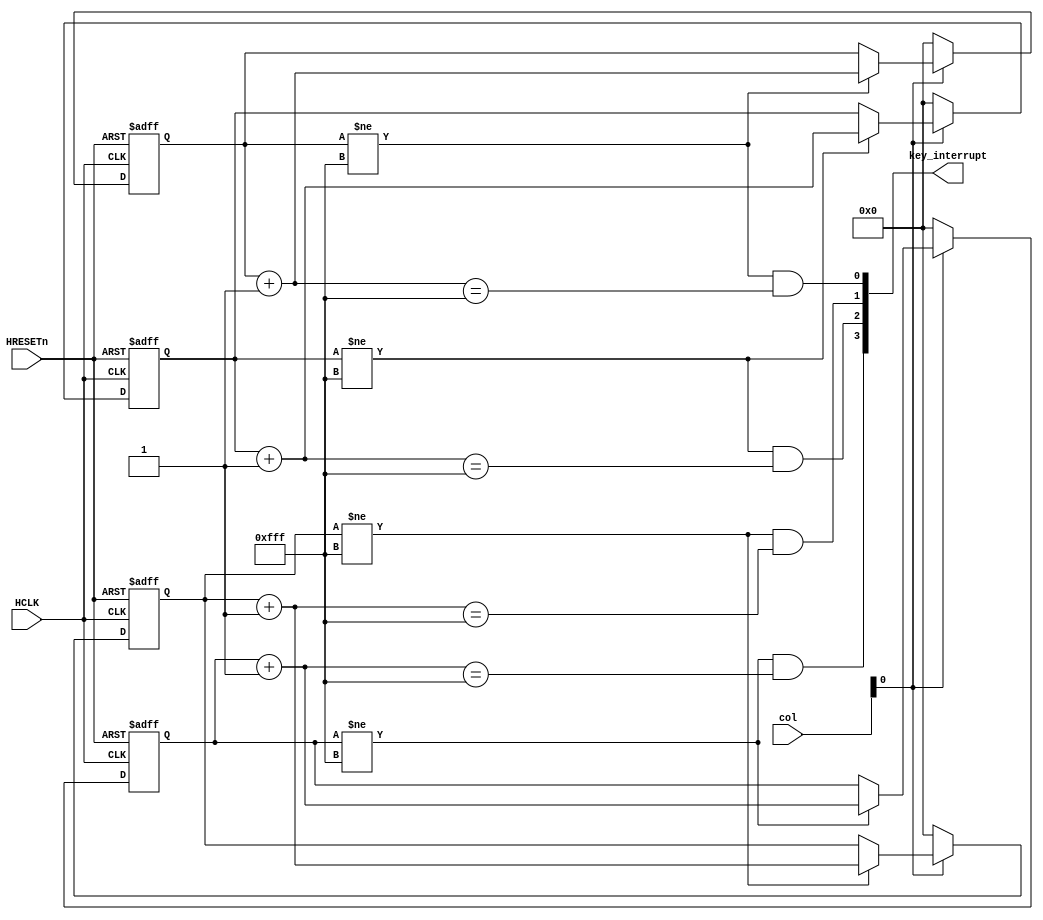
/*
 * @Author: Xuejian Sun 
 * @Date: 2023-02-25 06:27:00 
 * @Last Modified by: Xuejian Sun
 * @Last Modified time: 2023-03-04 20:24:08
 */

module Keyboard(
  input HCLK,
  input HRESETn,
  input [3:0] col,
  output wire [3:0] key_interrupt
);

  reg [11:0] sreg0;
  wire [11:0] sreg0_nxt;

  reg [11:0] sreg1;
  wire [11:0] sreg1_nxt;

  reg [11:0] sreg2;
  wire [11:0] sreg2_nxt;

  reg [11:0] sreg3;
  wire [11:0] sreg3_nxt;

  assign sreg0_nxt = sreg0 + 1'b1;
  assign sreg1_nxt = sreg1 + 1'b1;
  assign sreg2_nxt = sreg2 + 1'b1;
  assign sreg3_nxt = sreg3 + 1'b1;

  always @(posedge HCLK or negedge HRESETn) begin
    if (~HRESETn) begin
      sreg0 <= 12'b0;
    end else if (col[0]) begin
      if (sreg0 != 12'hfff)
        sreg0 <= sreg0_nxt;
    end else 
      sreg0 <= 12'b0;
  end

  always @(posedge HCLK or negedge HRESETn) begin
    if (~HRESETn) begin
      sreg1 <= 12'b0;
    end else if (col[0]) begin
      if (sreg1 != 12'hfff)
        sreg1 <= sreg1_nxt;
    end else 
      sreg1 <= 12'b0;
  end

  always @(posedge HCLK or negedge HRESETn) begin
    if (~HRESETn) begin
      sreg2 <= 12'b0;
    end else if (col[0]) begin
      if (sreg2 != 12'hfff)
        sreg2 <= sreg2_nxt;
    end else 
      sreg2 <= 12'b0;
  end

  always @(posedge HCLK or negedge HRESETn) begin
    if (~HRESETn) begin
      sreg3 <= 12'b0;
    end else if (col[0]) begin
      if (sreg3 != 12'hfff)
        sreg3 <= sreg3_nxt;
    end else 
      sreg3 <= 12'b0;
  end

  reg [3:0] key_reg;

  assign key_interrupt[0] = (sreg0 != 12'hfff) & (sreg0_nxt == 12'hfff);

  assign key_interrupt[1] = (sreg1 != 12'hfff) & (sreg1_nxt == 12'hfff);

  assign key_interrupt[2] = (sreg2 != 12'hfff) & (sreg2_nxt == 12'hfff);

  assign key_interrupt[3] = (sreg3 != 12'hfff) & (sreg3_nxt == 12'hfff);

endmodule